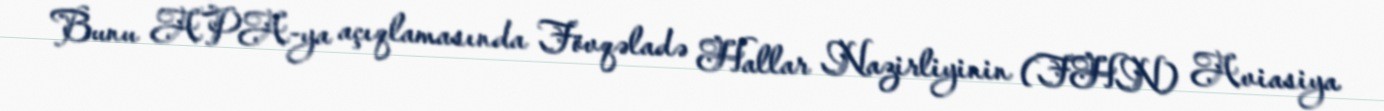
Bunu APA-ya açıqlamasında Fövqəladə Hallar Nazirliyinin (FHN) Aviasiya